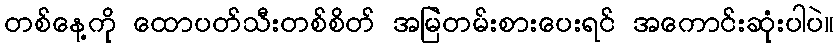
တစ်နေ့ကို ထောပတ်သီးတစ်စိတ် အမြဲတမ်းစားပေးရင် အကောင်းဆုံးပါပဲ။